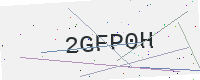
Text: 2GFP0H